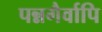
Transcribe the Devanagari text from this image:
पन्नगैर्वापि